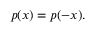
p ( x ) = p ( - x ) .